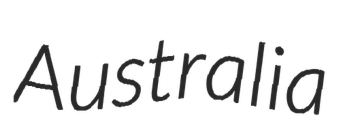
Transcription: Australia